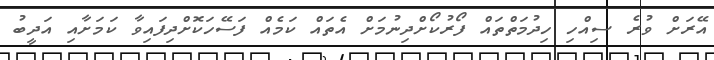
އޭރަށް ވުރެ ސިއްހި ހިދުމަތްތައް ފޯރުކޯށްދިނުމަށް އެތައް ކަމެއް ފަސޭހަކޮށްދިފައިވާ ކަމަށާއި އަދީބު